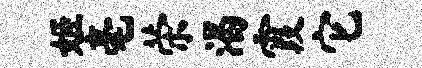
姬毫荣渴霞它